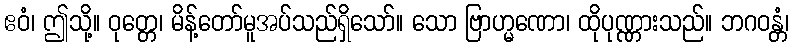
ဧဝံ၊ ဤသို့။ ဝုတ္တေ၊ မိန့်တော်မူအပ်သည်ရှိသော်။ သော ဗြာဟ္မဏော၊ ထိုပုဏ္ဏားသည်။ ဘဂဝန္တံ၊